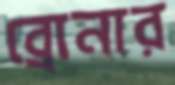
ব্রোনার